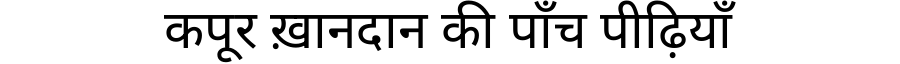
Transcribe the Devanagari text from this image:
कपूर ख़ानदान की पाँच पीढ़ियाँ